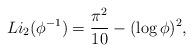
LaTeX: \begin{align*} Li_2(\phi^{-1}) = \frac{\pi^2}{10} - (\log \phi)^2,\end{align*}